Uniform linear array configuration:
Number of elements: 8
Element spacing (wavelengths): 0.75
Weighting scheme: uniform
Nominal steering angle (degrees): -60
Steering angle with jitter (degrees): -60.024
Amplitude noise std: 0.05
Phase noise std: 0.05

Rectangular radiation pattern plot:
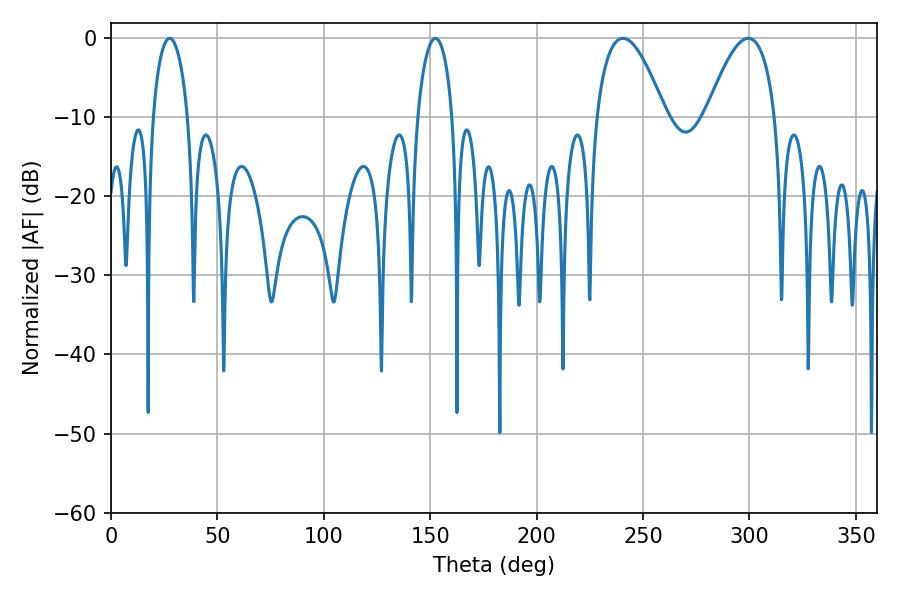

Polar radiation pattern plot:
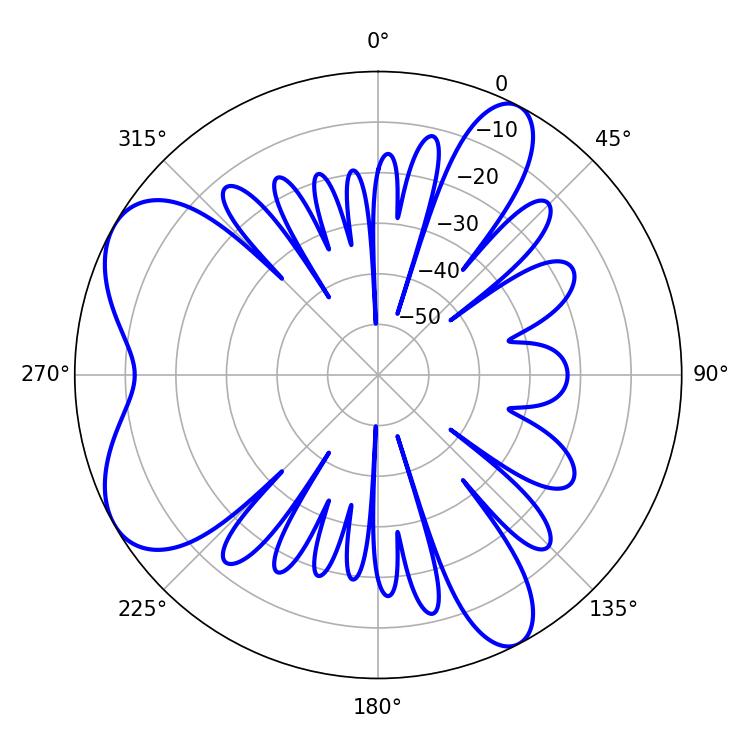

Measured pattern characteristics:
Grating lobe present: TRUE
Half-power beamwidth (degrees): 9.36
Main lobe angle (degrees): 27.54